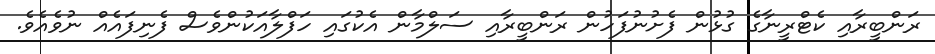
ރަންބީރާއި ކެޓްރީނާގެ ގުޅުން ފެށުނުފަހުން ރަންބީރާއި ސަލްމާން އެކުގައި ހަފްލާއަކުންވެސް ފެނިފައެއް ނުވެއެވެ.